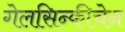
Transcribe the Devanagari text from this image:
गेलसिन्कीचेन